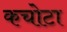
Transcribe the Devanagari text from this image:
कचोटा